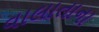
વાલાતાના